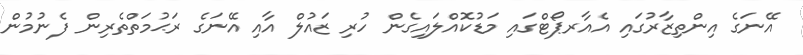
އޭނަގެ އިންތިޒާރުގައި އެއާރޕޯޓްގައި މަޑުކޮއްލައިގެން ހުރި ޒައުލް އާއި އޭނަގެ ރަޙުމަތްތެރިން ފެނުމުން